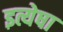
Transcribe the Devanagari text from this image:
इत्येषा